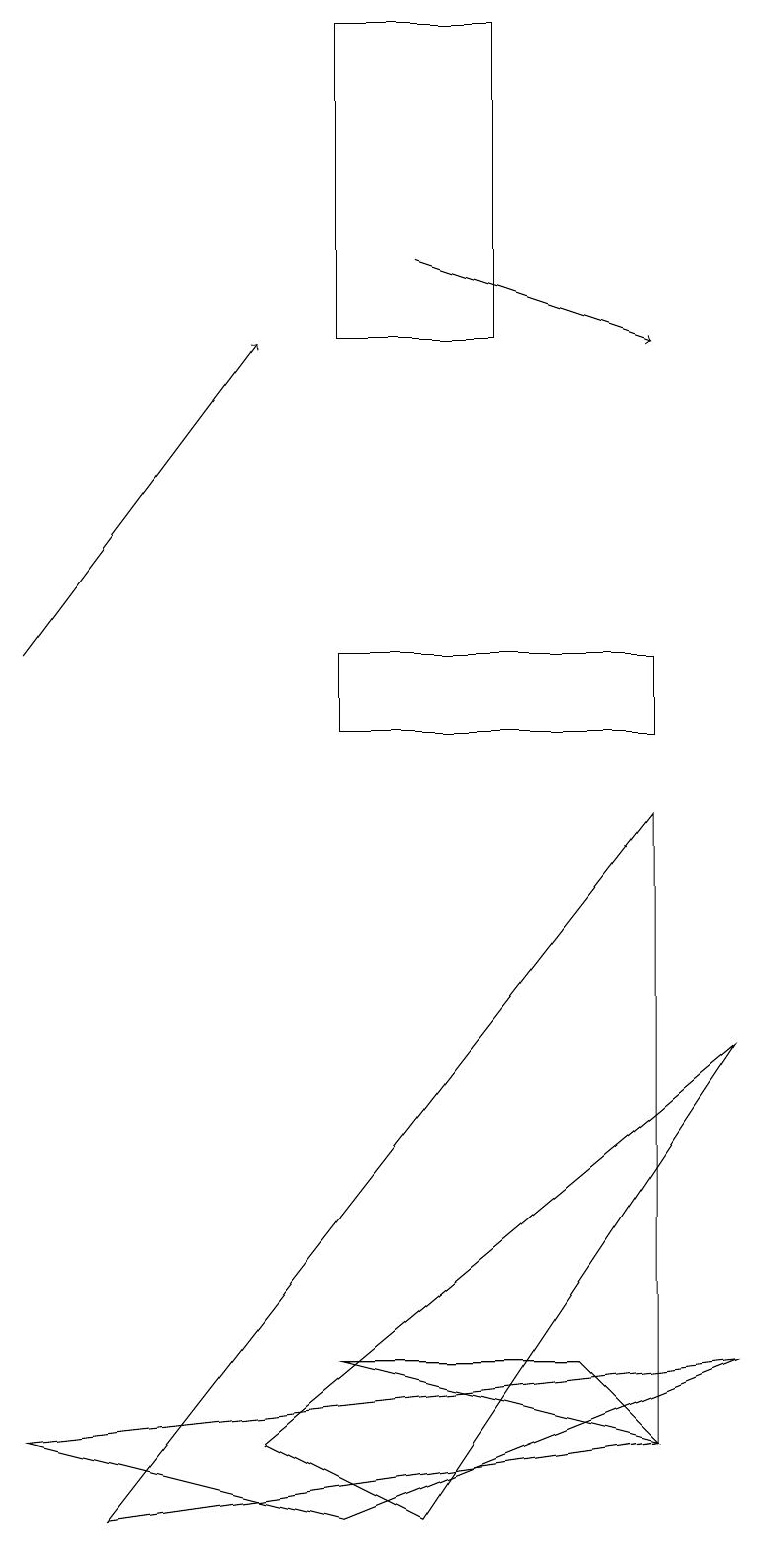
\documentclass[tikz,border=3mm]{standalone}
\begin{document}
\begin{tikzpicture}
\draw (6,15) rectangle (4,19);
\draw (8,1) -- (4,2) -- (7,2) -- cycle;
\draw (0,1) -- (9,2) -- (4,0) -- cycle;
\draw (4,10) rectangle (8,11);
\draw (8,1) -- (1,0) -- (8,9) -- cycle;
\draw[->] (0,11) -- (3,15);
\draw (3,1) -- (9,6) -- (5,0) -- cycle;
\draw[->] (5,16) -- (8,15);
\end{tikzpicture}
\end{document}